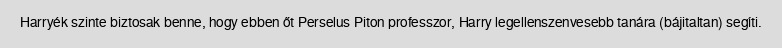
Harryék szinte biztosak benne, hogy ebben őt Perselus Piton professzor, Harry legellenszenvesebb tanára (bájitaltan) segíti.